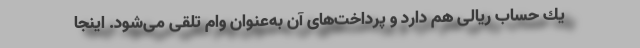
یك حساب ریالی هم دارد و پرداخت‌های آن به‌عنوان وام تلقی می‌شود. اینجا